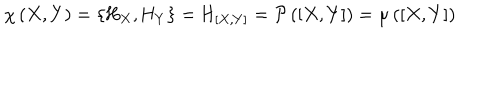
\chi \, ( X , Y ) = \{ \mathrm { H } _ { X } , \mathrm { H } _ { Y } \} = \mathrm { H } _ { [ X , Y ] } = { \cal P } \, ( [ X , Y ] ) = \mu \, ( [ X , Y ] )